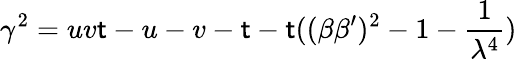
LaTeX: \gamma^{2}=uv\mathsf{t}-u-v-\mathsf{t}-\mathsf{t}((\beta\beta^{\prime})^{2}-1-\frac{1}{{\lambda^{4}}})